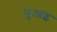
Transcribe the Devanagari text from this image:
मुआइ